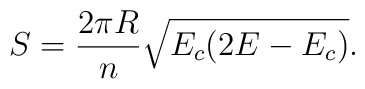
S=\frac{2\pi R}{n}\sqrt{E_c(2E-E_c)}.